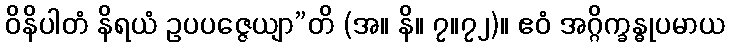
ဝိနိပါတံ နိရယံ ဥပပဇ္ဇေယျာ”တိ (အ။ နိ။ ၇။၇၂)။ ဧဝံ အဂ္ဂိက္ခန္ဓုပမာယ